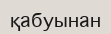
қабуынан